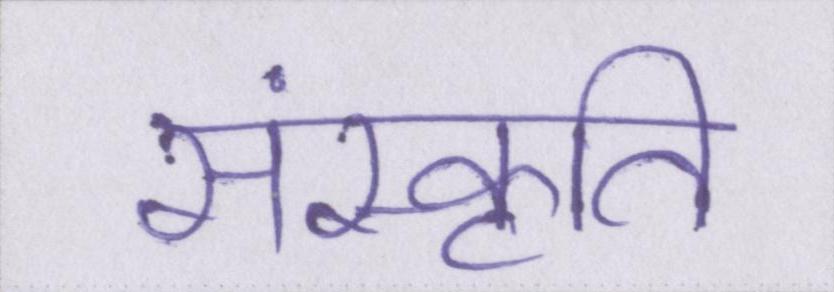
संस्कृति